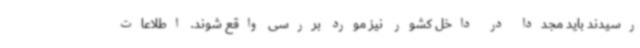
رسیدند باید مجددا در داخل کشور نیز مورد بررسی واقع شوند. اطلاعات